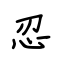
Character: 忍